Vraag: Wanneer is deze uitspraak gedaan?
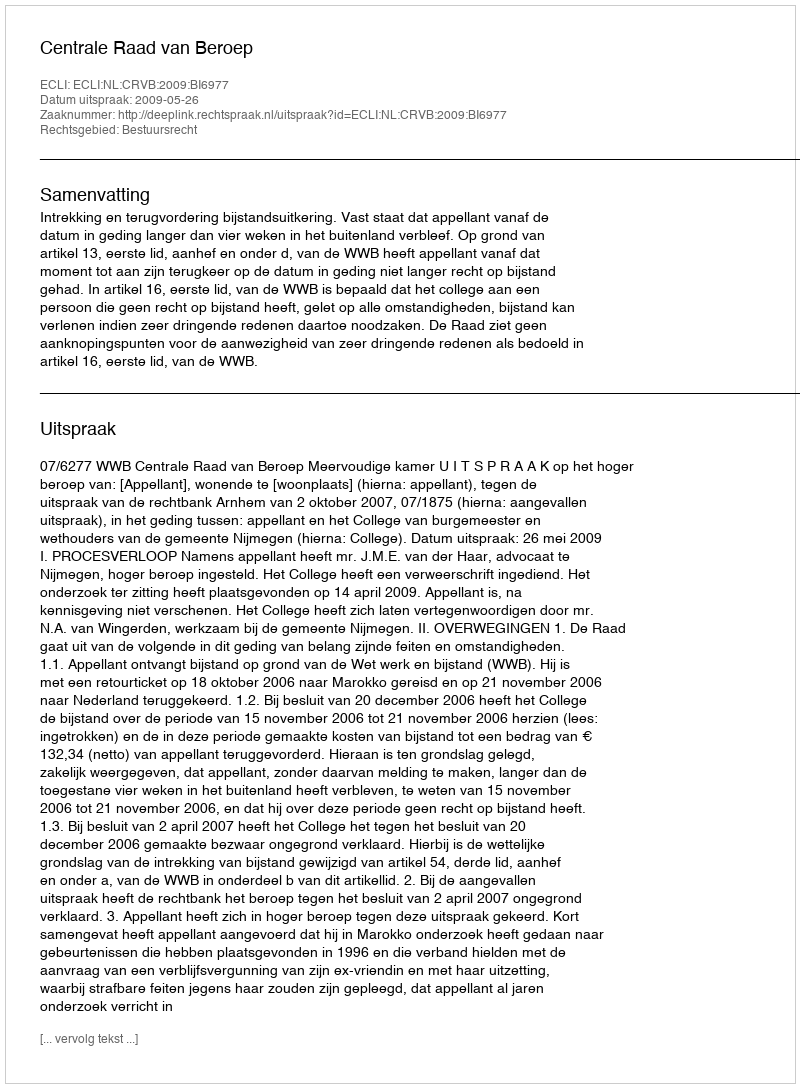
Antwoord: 2009-05-26